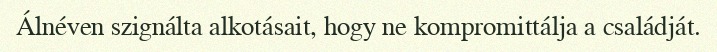
Álnéven szignálta alkotásait, hogy ne kompromittálja a családját.